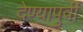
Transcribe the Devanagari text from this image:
देण्यापुर्वी